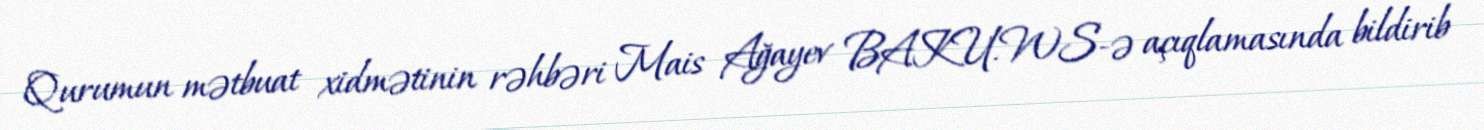
Qurumun mətbuat xidmətinin rəhbəri Mais Ağayev BAKU.WS-ə açıqlamasında bildirib